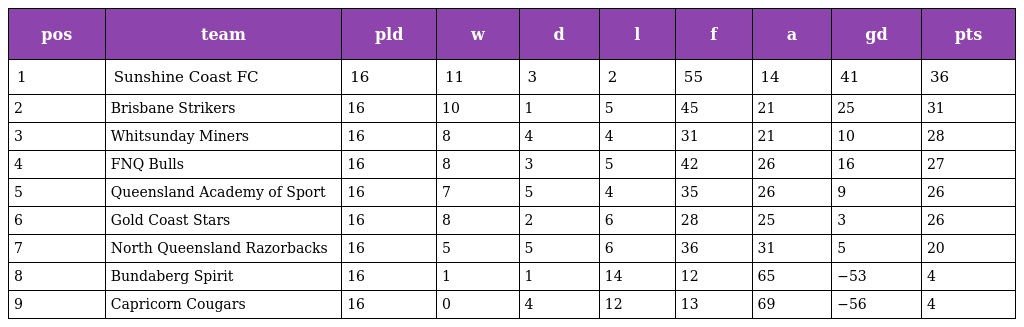
| pos | team | pld | w | d | l | f | a | gd | pts |
 | --- | --- | --- | --- | --- | --- | --- | --- | --- | --- |
 | 1 | Sunshine Coast FC | 16 | 11 | 3 | 2 | 55 | 14 | 41 | 36 |
 | 2 | Brisbane Strikers | 16 | 10 | 1 | 5 | 45 | 21 | 25 | 31 |
 | 3 | Whitsunday Miners | 16 | 8 | 4 | 4 | 31 | 21 | 10 | 28 |
 | 4 | FNQ Bulls | 16 | 8 | 3 | 5 | 42 | 26 | 16 | 27 |
 | 5 | Queensland Academy of Sport | 16 | 7 | 5 | 4 | 35 | 26 | 9 | 26 |
 | 6 | Gold Coast Stars | 16 | 8 | 2 | 6 | 28 | 25 | 3 | 26 |
 | 7 | North Queensland Razorbacks | 16 | 5 | 5 | 6 | 36 | 31 | 5 | 20 |
 | 8 | Bundaberg Spirit | 16 | 1 | 1 | 14 | 12 | 65 | −53 | 4 |
 | 9 | Capricorn Cougars | 16 | 0 | 4 | 12 | 13 | 69 | −56 | 4 |